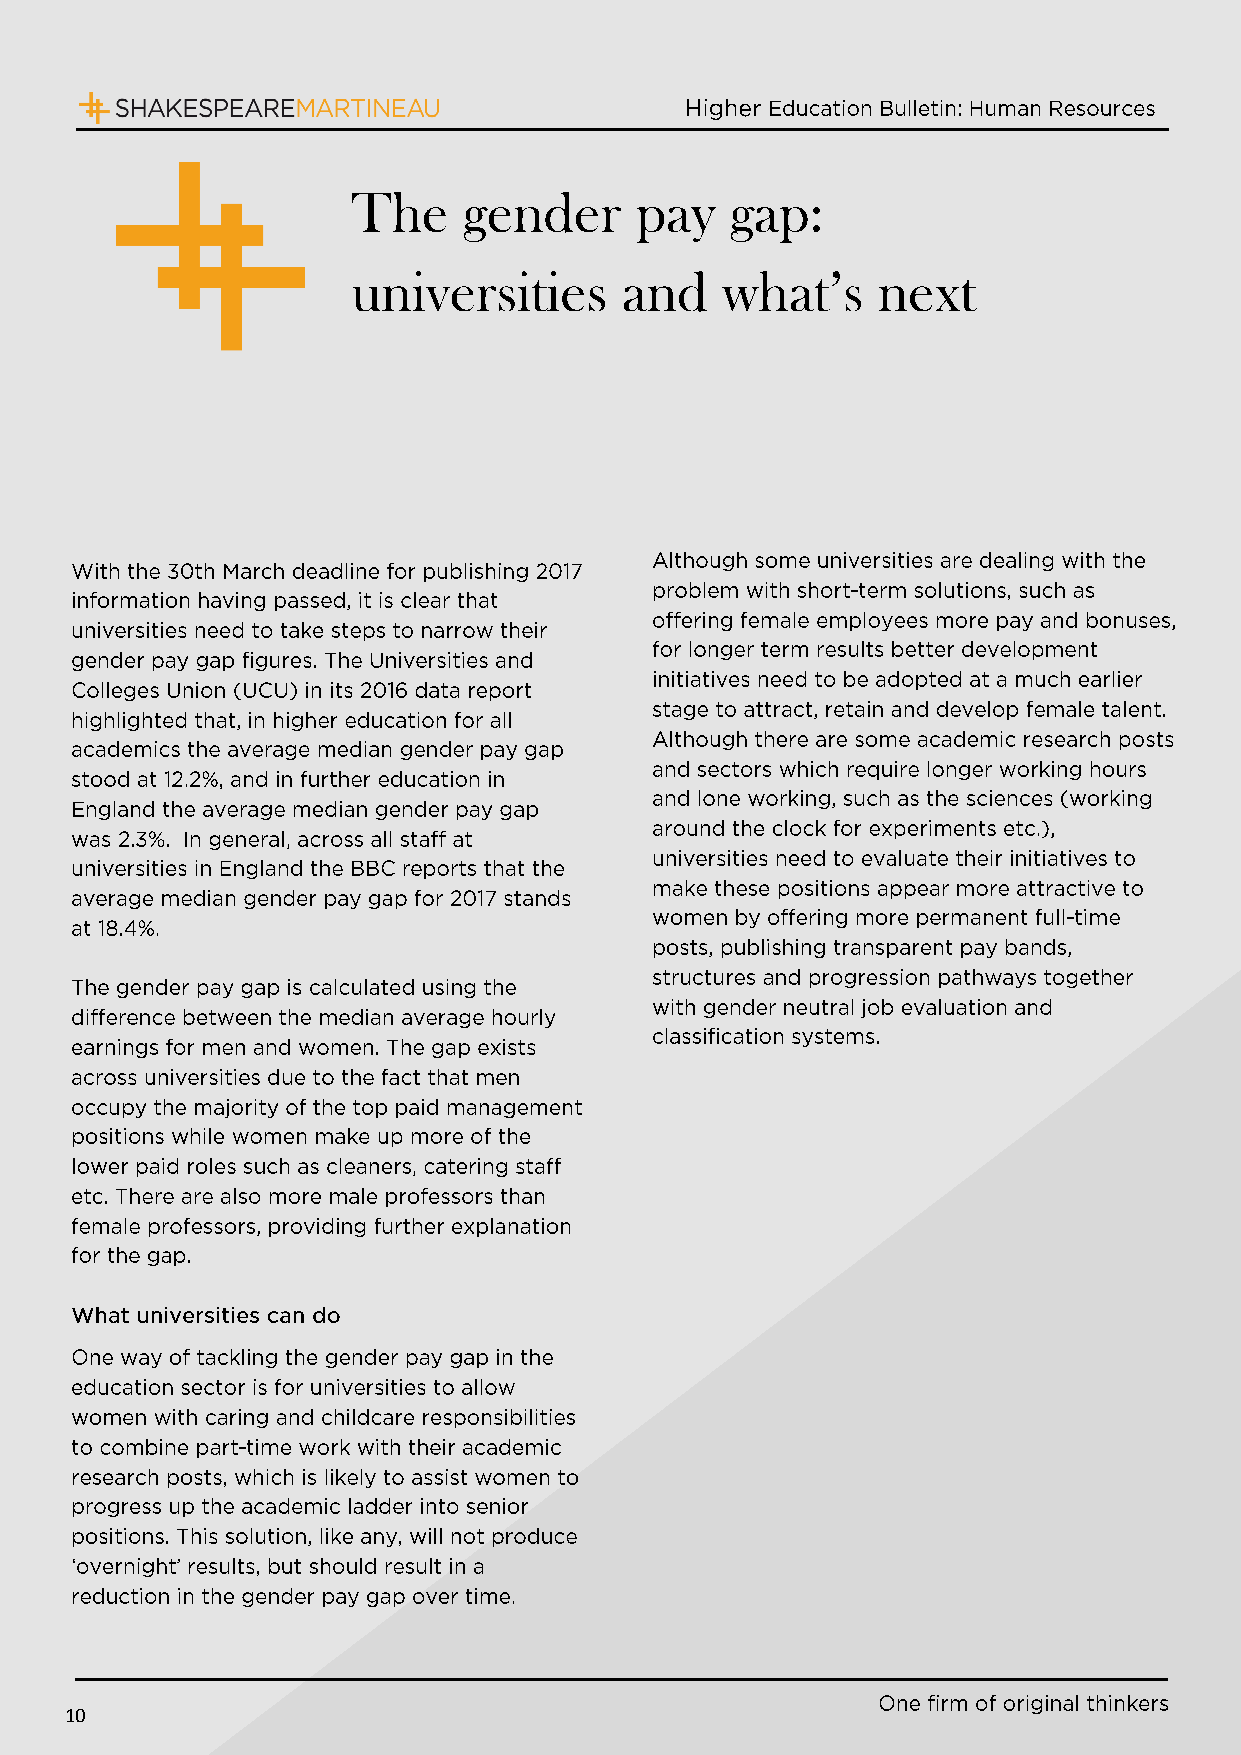
The     gender     pay   gap:
 universities      and    what’s    next
 10